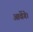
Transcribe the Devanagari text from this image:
आवेंगे।